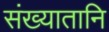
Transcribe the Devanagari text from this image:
संख्यातानि